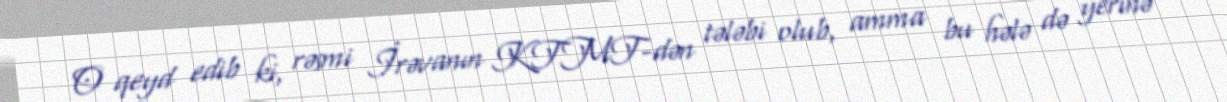
O qeyd edib ki, rəsmi İrəvanın KTMT-dən tələbi olub, amma bu hələ də yerinə